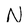
Character: N